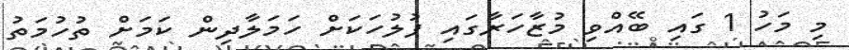
މި މަހު 1 ގައި ބޭއްވި މުޒާހަރާގައި ފުލުހަކަށް ހަމަލާދިން ކަމަށް ތުހުމަތު